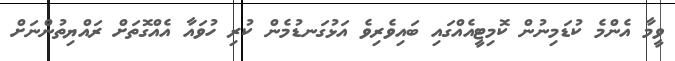
ވީމާ އެންމެ ކުޑަމިނުން ކޮމިޓީއެއްގައި ބައިވެރިވެ އަޅުގަނޑުމެން ކުރި ހުވައާ އެއްގޮތަށް ރައްޔިތުންނަށް